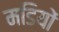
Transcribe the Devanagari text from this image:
मडियों